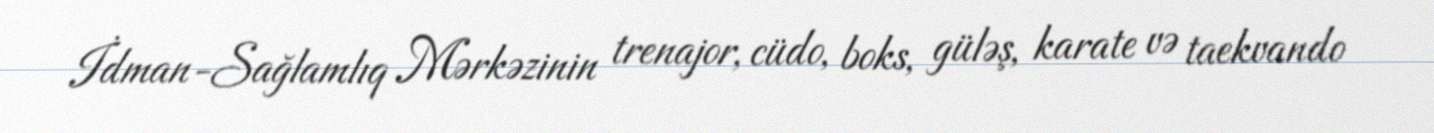
İdman-Sağlamlıq Mərkəzinin trenajor, cüdo, boks, güləş, karate və taekvando